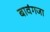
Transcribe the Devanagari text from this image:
बावंगजा